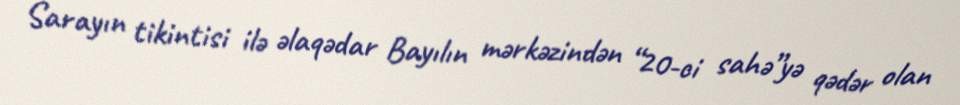
Sarayın tikintisi ilə əlaqədar Bayılın mərkəzindən “20-ci sahə”yə qədər olan